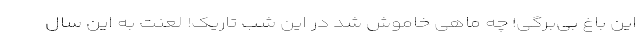
این باغ بی‌برگی! چه ماهی خاموش شد در این شب تاریک! لعنت به این سال